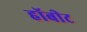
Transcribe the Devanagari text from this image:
हॉबीट